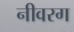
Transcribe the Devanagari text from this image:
नीवरग